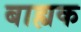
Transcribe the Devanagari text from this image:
बाह्यक